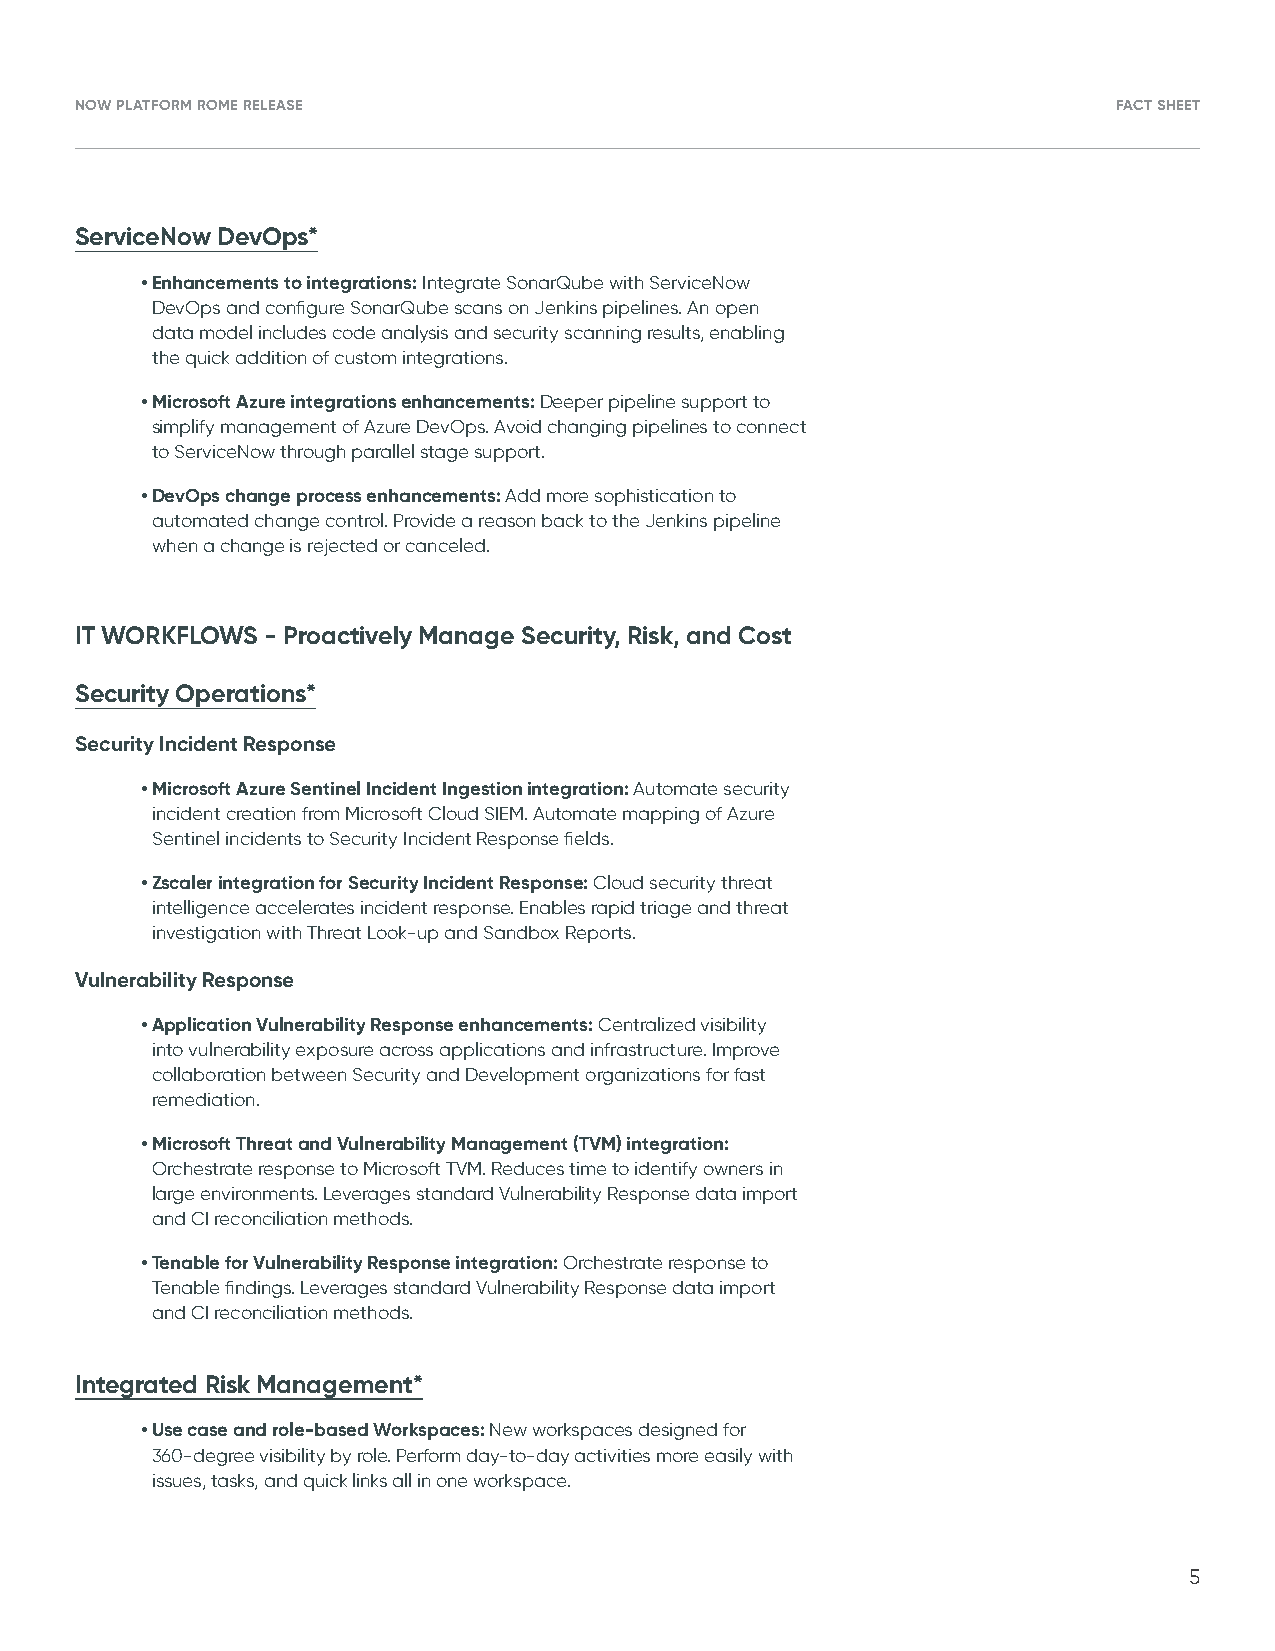
NOW PLATFORM ROME RELEASE                                            FACT SHEET
 ServiceNow DevOps*
 • E nhancements to integrations: Integrate SonarQube with ServiceNow
 DevOps and configure SonarQube scans on Jenkins pipelines. An open
 data model includes code analysis and security scanning results, enabling
 the quick addition of custom integrations.
 • M icrosoft Azure integrations enhancements : Deeper pipeline support to
 simplify management of Azure DevOps. Avoid changing pipelines to connect
 to ServiceNow through parallel stage support.
 • D evOps change process enhancements: Add more sophistication to
 automated change control. Provide a reason back to the Jenkins pipeline
 when a change is rejected or canceled.
 IT WORKFLOWS - Proactively Manage Security, Risk, and Cost
 Security Operations*
 Security Incident Response
 • M icrosoft Azure Sentinel Incident Ingestion integration : Automate security
 incident creation from Microsoft Cloud SIEM. Automate mapping of Azure
 Sentinel incidents to Security Incident Response fields.
 • Z scaler integration for Security Incident Response : Cloud security threat
 intelligence accelerates incident response. Enables rapid triage and threat
 investigation with Threat Look-up and Sandbox Reports.
 Vulnerability Response
 • A pplication Vulnerability Response enhancements: Centralized visibility
 into vulnerability exposure across applications and infrastructure. Improve
 collaboration between Security and Development organizations for fast
 remediation.
 • M icrosoft Threat and Vulnerability Management (TVM) integration:
 Orchestrate response to Microsoft TVM. Reduces time to identify owners in
 large environments. Leverages standard Vulnerability Response data import
 and CI reconciliation methods.
 • T enable for Vulnerability Response integration: Orchestrate response to
 Tenable findings. Leverages standard Vulnerability Response data import
 and CI reconciliation methods.
 Integrated Risk Management*
 • U se case and role-based Workspaces: New workspaces designed for
 360-degree visibility by role. Perform day-to-day activities more easily with
 issues, tasks, and quick links all in one workspace.
 5